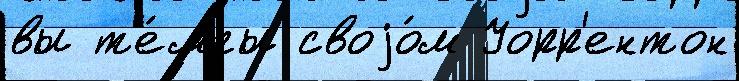
вы т'е́мпы своjо́м Уорр'ентон